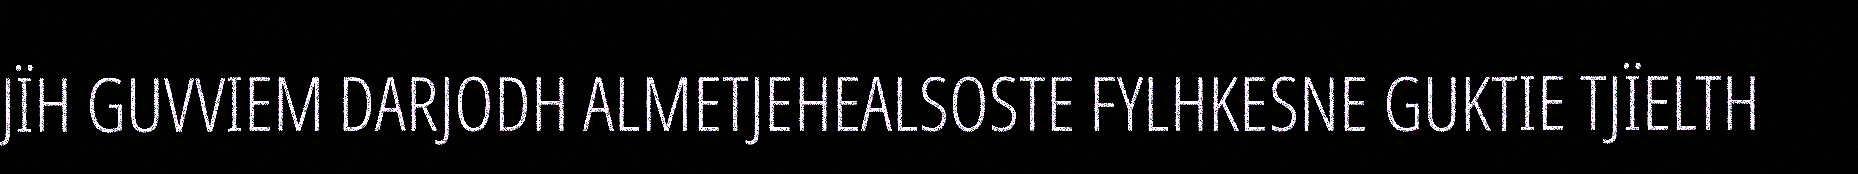
JÏH GUVVIEM DARJODH ALMETJEHEALSOSTE FYLHKESNE GUKTIE TJÏELTH